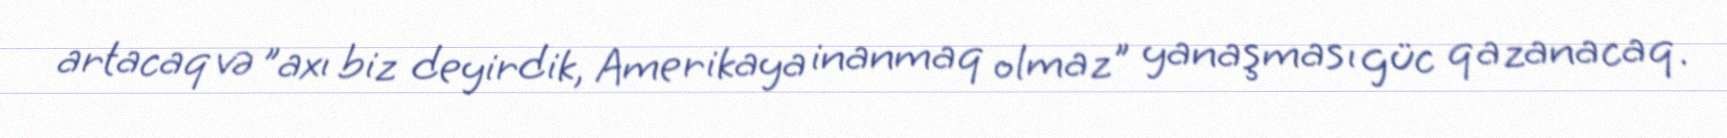
artacaq və ”axı biz deyirdik, Amerikaya inanmaq olmaz" yanaşması güc qazanacaq.